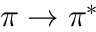
\pi \to \pi ^ { * }